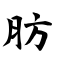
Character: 肪